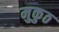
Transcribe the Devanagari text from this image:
मुकुठ